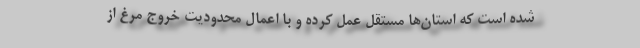
شده است که استان‌ها مستقل عمل کرده و با اعمال محدودیت خروج مرغ از